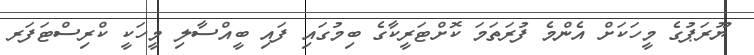
ޔޫރަޕުގެ މީހަކަށް އެންމެ ފުރަތަމަ ކޮށްޓަރީކާގެ ބިމުގައި ފައި ބީއްސާލި މީހަކީ ކްރިސްޓަފަރ